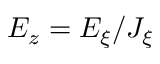
E _ { z } = E _ { \xi } / J _ { \xi }